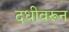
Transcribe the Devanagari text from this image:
दधीवरून